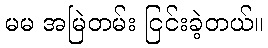
မမ အမြဲတမ်း ငြင်းခဲ့တယ်။